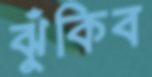
ঝুঁকিব